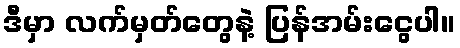
ဒီမှာ လက်မှတ်တွေနဲ့ ပြန်အမ်းငွေပါ။